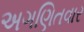
અગણિતવાર